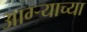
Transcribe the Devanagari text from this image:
आग्ऱ्याच्या